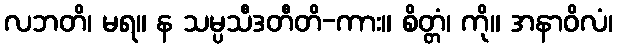
လဘတိ၊ မရ။ န သမ္ပသီဒတီတိ-ကား။ စိတ္တံ၊ ကို။ အနာဝိလံ၊